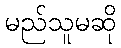
မည်သူမဆို